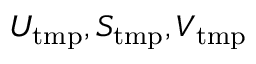
U _ { \mathrm { t m p } } , S _ { \mathrm { t m p } } , V _ { \mathrm { t m p } }